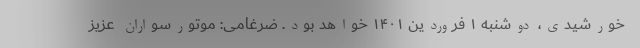
خورشیدی، دوشنبه ۱ فروردین ۱۴۰۱ خواهد بود. ضرغامی: موتورسواران عزیز